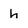
Character: h